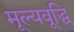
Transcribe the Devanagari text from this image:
मूल्यवूद्धि